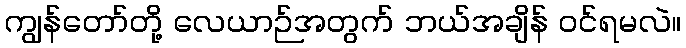
ကျွန်တော်တို့ လေယာဉ်အတွက် ဘယ်အချိန် ဝင်ရမလဲ။